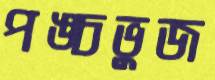
পঙ্চভুজ